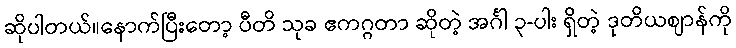
ဆိုပါတယ်။နောက်ပြီးတော့ ပီတိ သုခ ဧကဂ္ဂတာ ဆိုတဲ့ အင်္ဂါ ၃-ပါး ရှိတဲ့ ဒုတိယဈာန်ကို